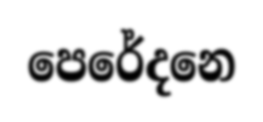
පෙරේදනෙ